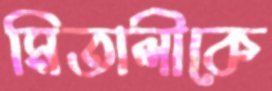
মিতালীকে